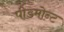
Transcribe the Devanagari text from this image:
पीडमोन्ट